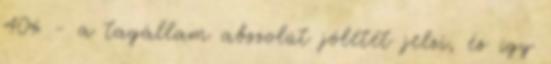
40% - a tagállam abszolút jólétét jelzi, és így